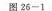
图26-1